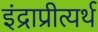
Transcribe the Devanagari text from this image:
इंद्राप्रीत्यर्थ